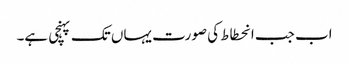
اب جب انحطاط کی صورت یہاں تک پہنچی ہے۔